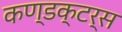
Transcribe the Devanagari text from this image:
कण्डक्टर्स